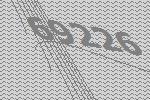
69226